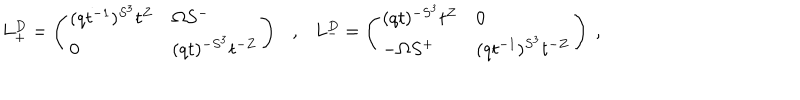
L _ { + } ^ { D } = \left( \begin{array} { l l } { { ( q t ^ { - 1 } ) ^ { S ^ { 3 } } t ^ { Z } } } & { { \Omega S ^ { - } } } \\ { { 0 } } & { { ( q t ) ^ { - S ^ { 3 } } t ^ { - Z } } } \\ \end{array} \right) \ \ \ , \ \ \ L _ { - } ^ { D } = \left( \begin{array} { l l } { { ( q t ) ^ { - S ^ { 3 } } t ^ { Z } } } & { { 0 } } \\ { { - \Omega S ^ { + } } } & { { ( q t ^ { - 1 } ) ^ { S ^ { 3 } } t ^ { - Z } } } \\ \end{array} \right) \ ,